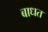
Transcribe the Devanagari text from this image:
बाधत